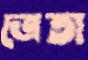
ত্রেতা